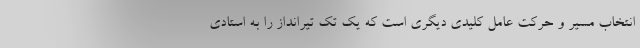
انتخاب مسیر و حرکت عامل کلیدی دیگری است که یک تک تیرانداز را به استادی